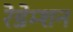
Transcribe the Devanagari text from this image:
रेडेम्शन